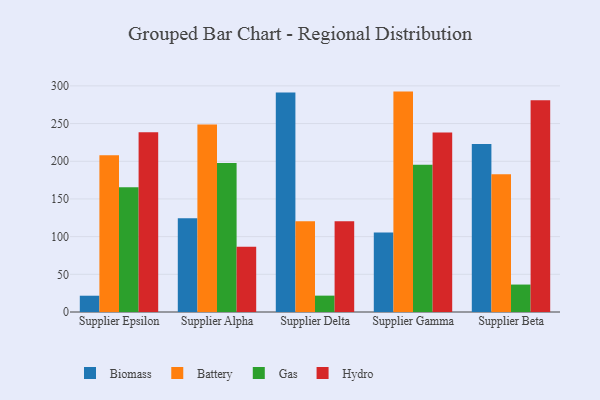
{"axis": {"x": "Supplier", "y": "Headcount"}, "legend": ["Battery", "Biomass", "Gas", "Hydro"], "data": [{"x": "Supplier Epsilon", "y": 21.6, "type": "Biomass"}, {"x": "Supplier Epsilon", "y": 207.8, "type": "Battery"}, {"x": "Supplier Epsilon", "y": 165.5, "type": "Gas"}, {"x": "Supplier Epsilon", "y": 238.6, "type": "Hydro"}, {"x": "Supplier Alpha", "y": 124.5, "type": "Biomass"}, {"x": "Supplier Alpha", "y": 248.6, "type": "Battery"}, {"x": "Supplier Alpha", "y": 197.7, "type": "Gas"}, {"x": "Supplier Alpha", "y": 86.4, "type": "Hydro"}, {"x": "Supplier Delta", "y": 291.2, "type": "Biomass"}, {"x": "Supplier Delta", "y": 120.5, "type": "Battery"}, {"x": "Supplier Delta", "y": 21.7, "type": "Gas"}, {"x": "Supplier Delta", "y": 120.3, "type": "Hydro"}, {"x": "Supplier Gamma", "y": 105.5, "type": "Biomass"}, {"x": "Supplier Gamma", "y": 292.4, "type": "Battery"}, {"x": "Supplier Gamma", "y": 195.5, "type": "Gas"}, {"x": "Supplier Gamma", "y": 238.2, "type": "Hydro"}, {"x": "Supplier Beta", "y": 222.9, "type": "Biomass"}, {"x": "Supplier Beta", "y": 182.6, "type": "Battery"}, {"x": "Supplier Beta", "y": 36.4, "type": "Gas"}, {"x": "Supplier Beta", "y": 280.9, "type": "Hydro"}]}